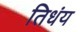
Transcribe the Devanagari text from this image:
तिधंय